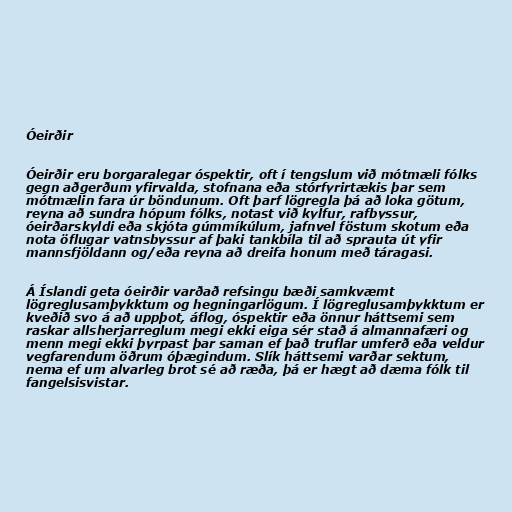
Óeirðir

Óeirðir eru borgaralegar óspektir, oft í tengslum við mótmæli fólks
gegn aðgerðum yfirvalda, stofnana eða stórfyrirtækis þar sem
mótmælin fara úr böndunum. Oft þarf lögregla þá að loka götum,
reyna að sundra hópum fólks, notast við kylfur, rafbyssur,
óeirðarskyldi eða skjóta gúmmíkúlum, jafnvel föstum skotum eða
nota öflugar vatnsbyssur af þaki tankbíla til að sprauta út yfir
mannsfjöldann og/eða reyna að dreifa honum með táragasi.

Á Íslandi geta óeirðir varðað refsingu bæði samkvæmt
lögreglusamþykktum og hegningarlögum. Í lögreglusamþykktum er
kveðið svo á að uppþot, áflog, óspektir eða önnur háttsemi sem
raskar allsherjarreglum megi ekki eiga sér stað á almannafæri og
menn megi ekki þyrpast þar saman ef það truflar umferð eða veldur
vegfarendum öðrum óþægindum. Slík háttsemi varðar sektum,
nema ef um alvarleg brot sé að ræða, þá er hægt að dæma fólk til
fangelsisvistar.